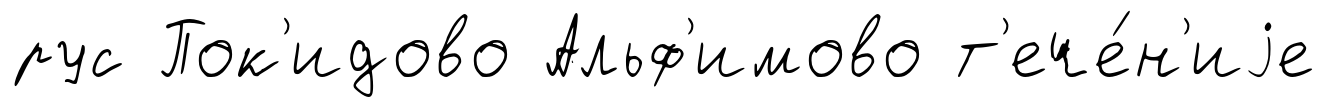
рус Пок'идово Альф'имово т'ече́н'иjе